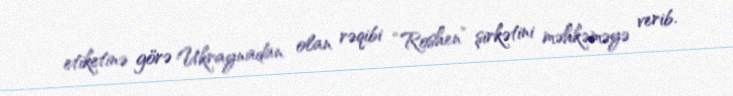
etiketinə görə Ukraynadan olan rəqibi “Roshen” şirkətini məhkəməyə verib.